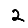
Digit: 2